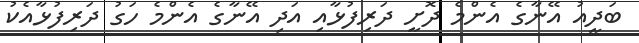
ބަދީއު އޭނާގެ އެންމެ ދޮށީ ދަރިފުޅާއި އަދި އޭނާގެ އެންމެ ހަގު ދަރިފުޅާއެކު